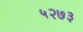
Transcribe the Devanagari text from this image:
५२७३